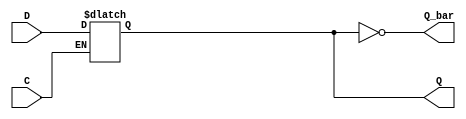
module async_register (
    input wire D,         // Data Input
    input wire C,         // Control Signal (Active High)
    output reg Q,         // Data Output
    output wire Q_bar     // Complement Output
);

    // Assign the complement output
    assign Q_bar = ~Q;

    // Always block to capture data asynchronously
    always @(*) begin
        if (C) begin
            Q <= D;  // Capture the input data when control signal is active
        end
        // If C is not active, Q retains its last value (hold state)
    end

endmodule